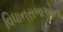
વિધાનસભાઓના